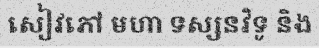
សៀវភៅ មហា ទស្សនវិទូ និង